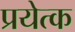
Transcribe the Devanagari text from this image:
प्रयेत्क